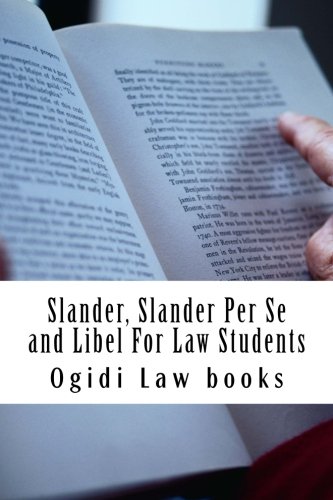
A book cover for Slander, Slander Per Se and Libel For Law Students: a to z of defamation law for law school students; Ogidi Law books; Test Preparation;